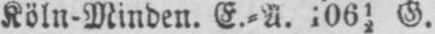
Köln-Minden. E.⸗A. i0612 G.